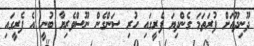
ދޫނިދޫއަށް ފުރަތަމަ ގެންދިޔަ ފެރީގައި ހުރި ސަންގެން ނޫސްވެރިޔާ ބުނީ އެ ފެރީގައި